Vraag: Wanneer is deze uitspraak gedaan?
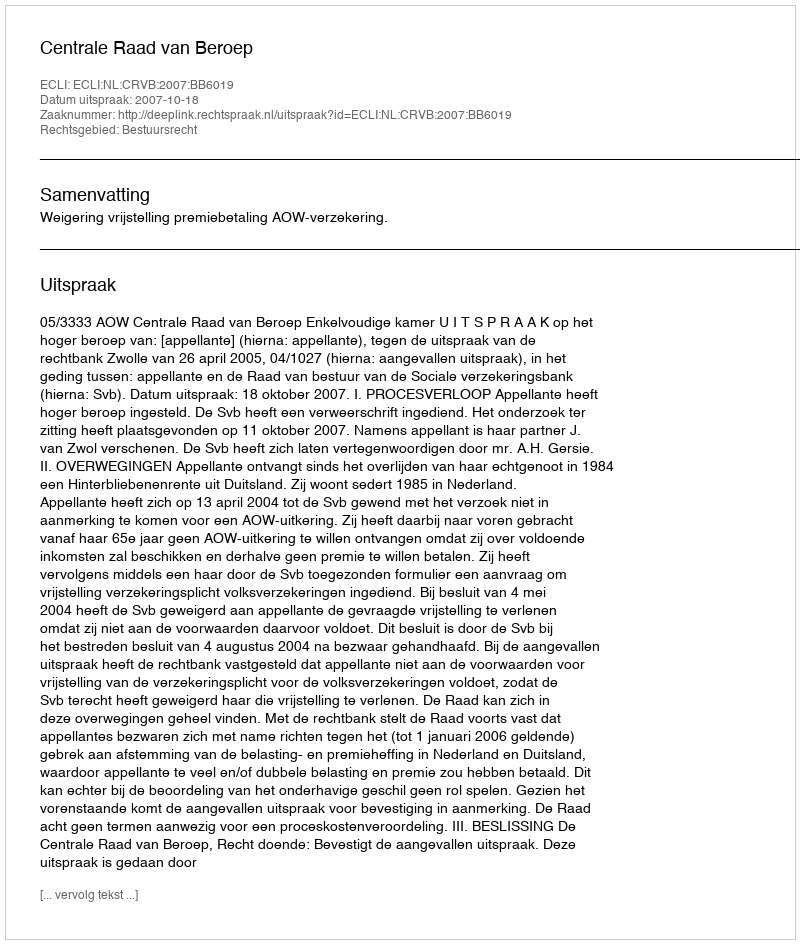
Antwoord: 2007-10-18